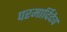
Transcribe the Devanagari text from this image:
परमार्दिदेव